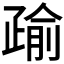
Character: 𭼄